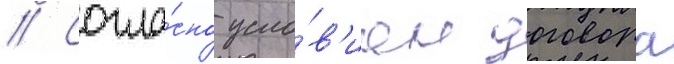
// Согла́сно усло́в'иам договора